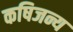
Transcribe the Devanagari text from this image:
कषिजन्य